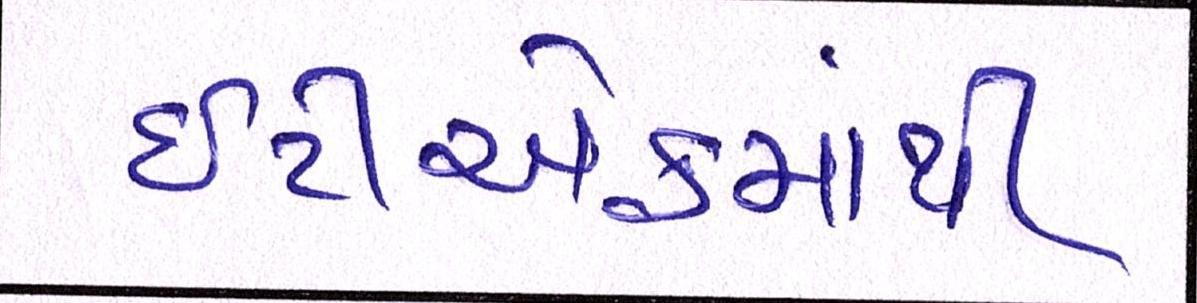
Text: ઇટીએફમાંથી